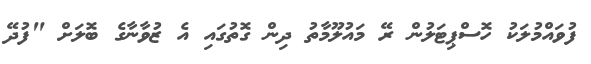
ފުވައްމުލަކު ހޮސްޕިޓަލުން ރޭ މައުލޫމާތު ދިން ގޮތުގައި އެ ޒުވާނާގެ ބޮލަށް "ފުދޭ